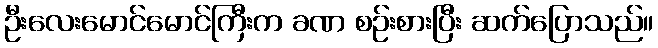
ဦးလေးမောင်မောင်ကြီးက ခဏ စဉ်းစားပြီး ဆက်ပြောသည်။